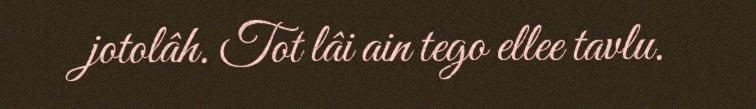
jotolâh. Tot lâi ain tego ellee tavlu.